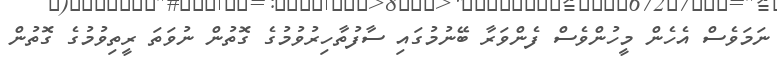
ނަމަވެސް އެހެން މީހުންވެސް ފެންވަރާ ބޭނުމުގައި ސާފުތާހިރުވުމުގެ ގޮތުން ނުވަތަ ރީތިވުމުގެ ގޮތުން